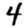
Digit: 4